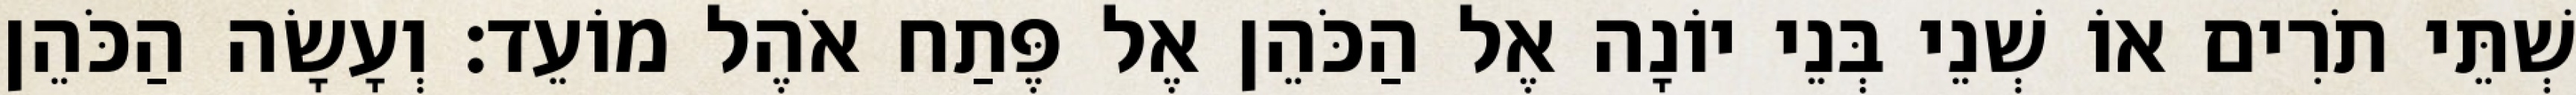
שְׁתֵּי תֹרִים אוֹ שְׁנֵי בְּנֵי יוֹנָה אֶל הַכֹּהֵן אֶל פֶּתַח אֹהֶל מוֹעֵד׃ וְעָשָׂה הַכֹּהֵן